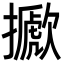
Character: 擨